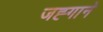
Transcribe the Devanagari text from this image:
जह्गाने